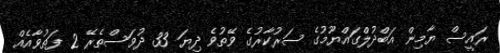
ރައީސް ޔާމިން އަބްދުލްގައްޔޫމުގެ ސަރުކާރުގެ ވޭތުވެ ދިޔަ 33 ދުވަސްތެރޭ 2 ފަތުވާއެއް